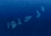
يرحلوا